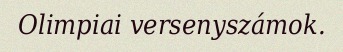
Olimpiai versenyszámok.